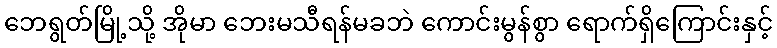
ဘေရွတ်မြို့သို့ အိုမာ ဘေးမသီရန်မခဘဲ ကောင်းမွန်စွာ ရောက်ရှိကြောင်းနှင့်